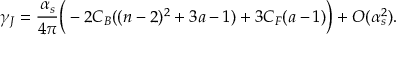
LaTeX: \gamma _ { J } = \frac { \alpha _ { s } } { 4 \pi } \Big ( - 2 C _ { B } ( ( n - 2 ) ^ { 2 } + 3 a - 1 ) + 3 C _ { F } ( a - 1 ) \Big ) + O ( \alpha _ { s } ^ { 2 } ) .